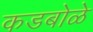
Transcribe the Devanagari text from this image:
कडबोळे